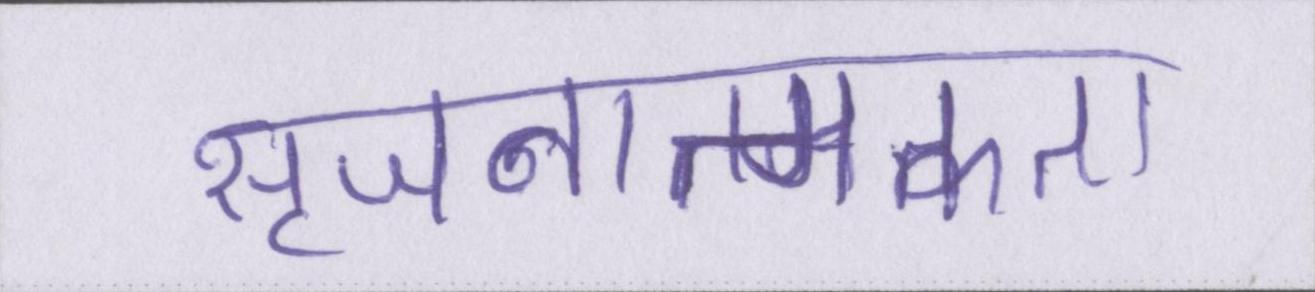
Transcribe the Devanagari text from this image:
सृजनात्मकता